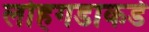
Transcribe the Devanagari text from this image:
लोहगडाकडे